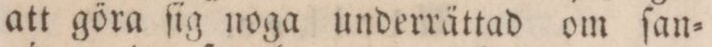
att göra ſig noga underrättad om ſan=